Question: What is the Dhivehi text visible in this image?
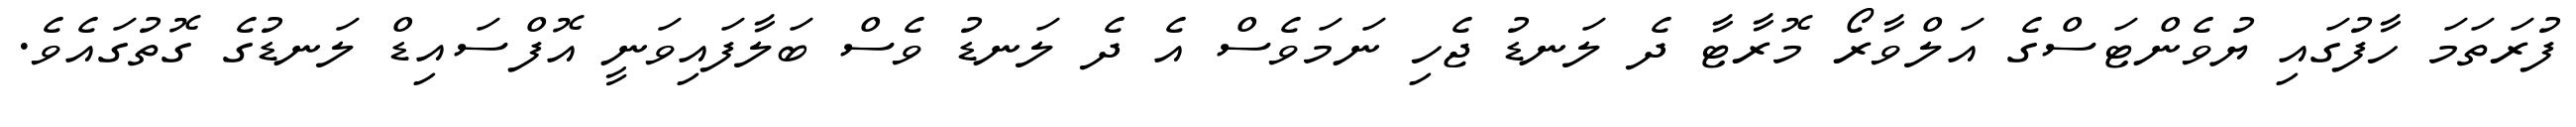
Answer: ފުރަތަމަ ހާފުގައި ޔުވެންޓަސްގެ އަލްވާރޯ މޮރާޓާ ދެ ލަނޑު ޖެހި ނަމަވެސް އެ ދެ ލަނޑު ވެސް ބަލާފައިވަނީ އޮފްސައިޑް ލަނޑުގެ ގޮތުގައެވެ.